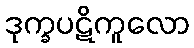
ဒုက္ခပဋိကူလော